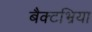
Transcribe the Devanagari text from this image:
बैक्टभ्रिया